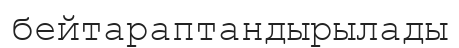
бейтараптандырылады